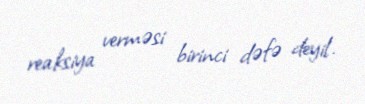
reaksiya verməsi birinci dəfə deyil.